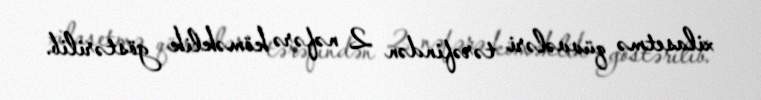
xilasetmə qüvvələri tərəfindən 2 nəfərə köməklik göstərilib.